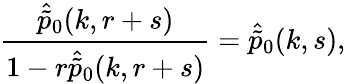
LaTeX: \frac{\hat{\tilde{p}}_{0}(k,r+s)}{1-r\hat{\tilde{p}}_{0}(k,r+s)}=\hat{\tilde{p}}_{0}(k,s),